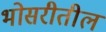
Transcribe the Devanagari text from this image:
भोसरीतील